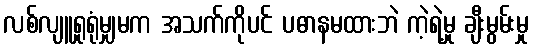
လစ်လျူရှုရုံမျှမက အသက်ကိုပင် ပဓာနမထားဘဲ ကဲ့ရဲ့မှု ချီးမွမ်းမှု